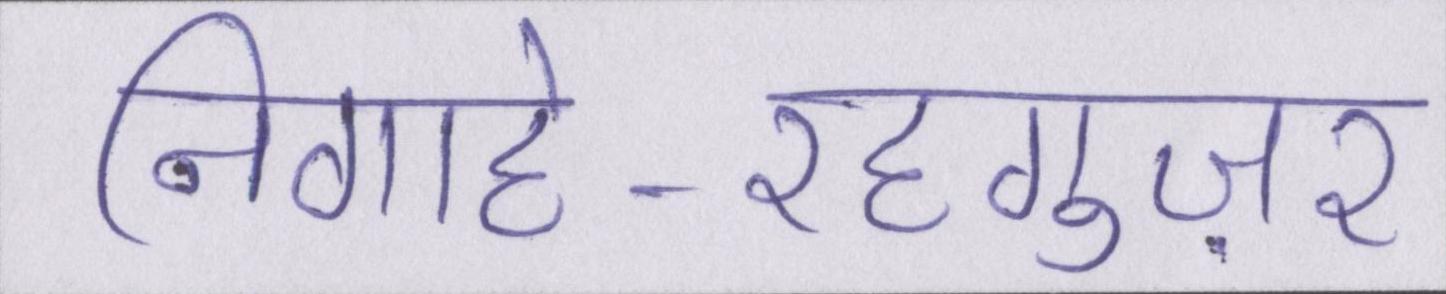
निगाहे-रहगुज़र